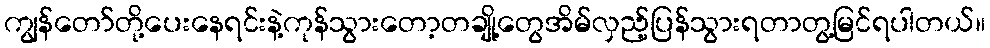
ကျွန်တော်တို့ပေးနေရင်းနဲ့ကုန်သွားတော့တချို့တွေအိမ်လှည့်ပြန်သွားရတာတွ့မြင်ရပါတယ်။